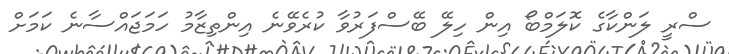
ސްރީ ލަންކާގެ ކޮލަމްބޯ އިން ހިލޭ ބޭސްފަރުވާ ކުރެވޭނެ އިންތިޒާމު ހަމަޖައްސާނެ ކަމަށް